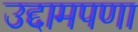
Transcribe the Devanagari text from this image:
उद्दामपणा